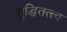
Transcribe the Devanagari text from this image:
शुद्धितत्त्व